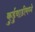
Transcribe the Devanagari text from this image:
कुर्डुवाडीमध्ये